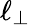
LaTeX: \ell_{\perp}